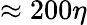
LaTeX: \approx 200\eta